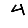
Digit: 4